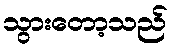
သွားတော့သည်